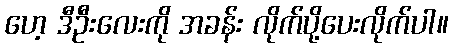
ဟေ့ ဒီဦးလေးကို အခန်း လိုက်ပို့ပေးလိုက်ပါ။